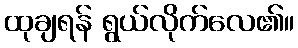
ထုချရန် ရွယ်လိုက်လေ၏။